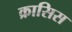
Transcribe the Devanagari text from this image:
क्रासिस